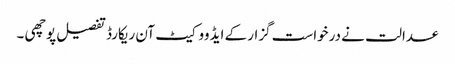
عدالت نے درخواست گزار کے ایڈووکیٹ آن ریکارڈ تفصیل پوچھی ۔